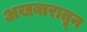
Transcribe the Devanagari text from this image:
अखबारातून